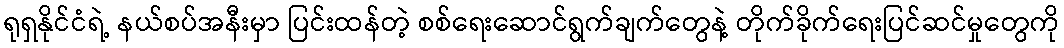
ရုရှနိုင်ငံရဲ့ နယ်စပ်အနီးမှာ ပြင်းထန်တဲ့ စစ်ရေးဆောင်ရွက်ချက်တွေနဲ့ တိုက်ခိုက်ရေးပြင်ဆင်မှုတွေကို